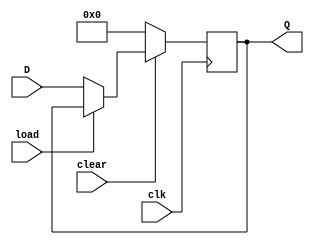
module regn
# (parameter N = 8)
(
	input clk,	
	input load,
	input clear,
	input [N - 1: 0] D,
	
	output [N - 1: 0] Q
);

	reg [N - 1: 0] Q_reg;

	always @(posedge clk)
	begin
	  if (!clear)
			Q_reg <= 0;
	  else if (!load)
			Q_reg <= D;
	end

	assign Q = Q_reg;
	
endmodule